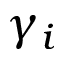
\gamma _ { i }